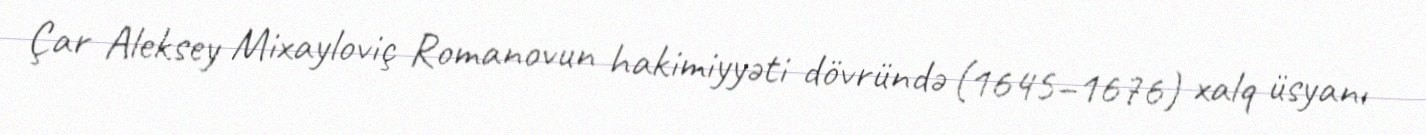
Çar Aleksey Mixayloviç Romanovun hakimiyyəti dövründə (1645–1676) xalq üsyanı